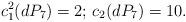
LaTeX: \begin{align*}c_1^2(dP_7)=2;\,c_2(dP_7)=10.\end{align*}